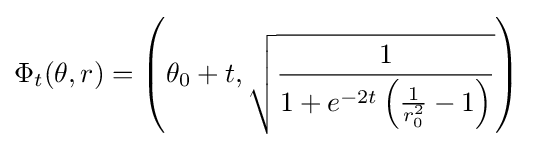
\Phi _{t}(\theta ,r)=\left(\theta _{0}+t,{\sqrt {\frac {1}{1+e^{-2t}\left({\frac {1}{r_{0}^{2}}}-1\right)}}}\right)